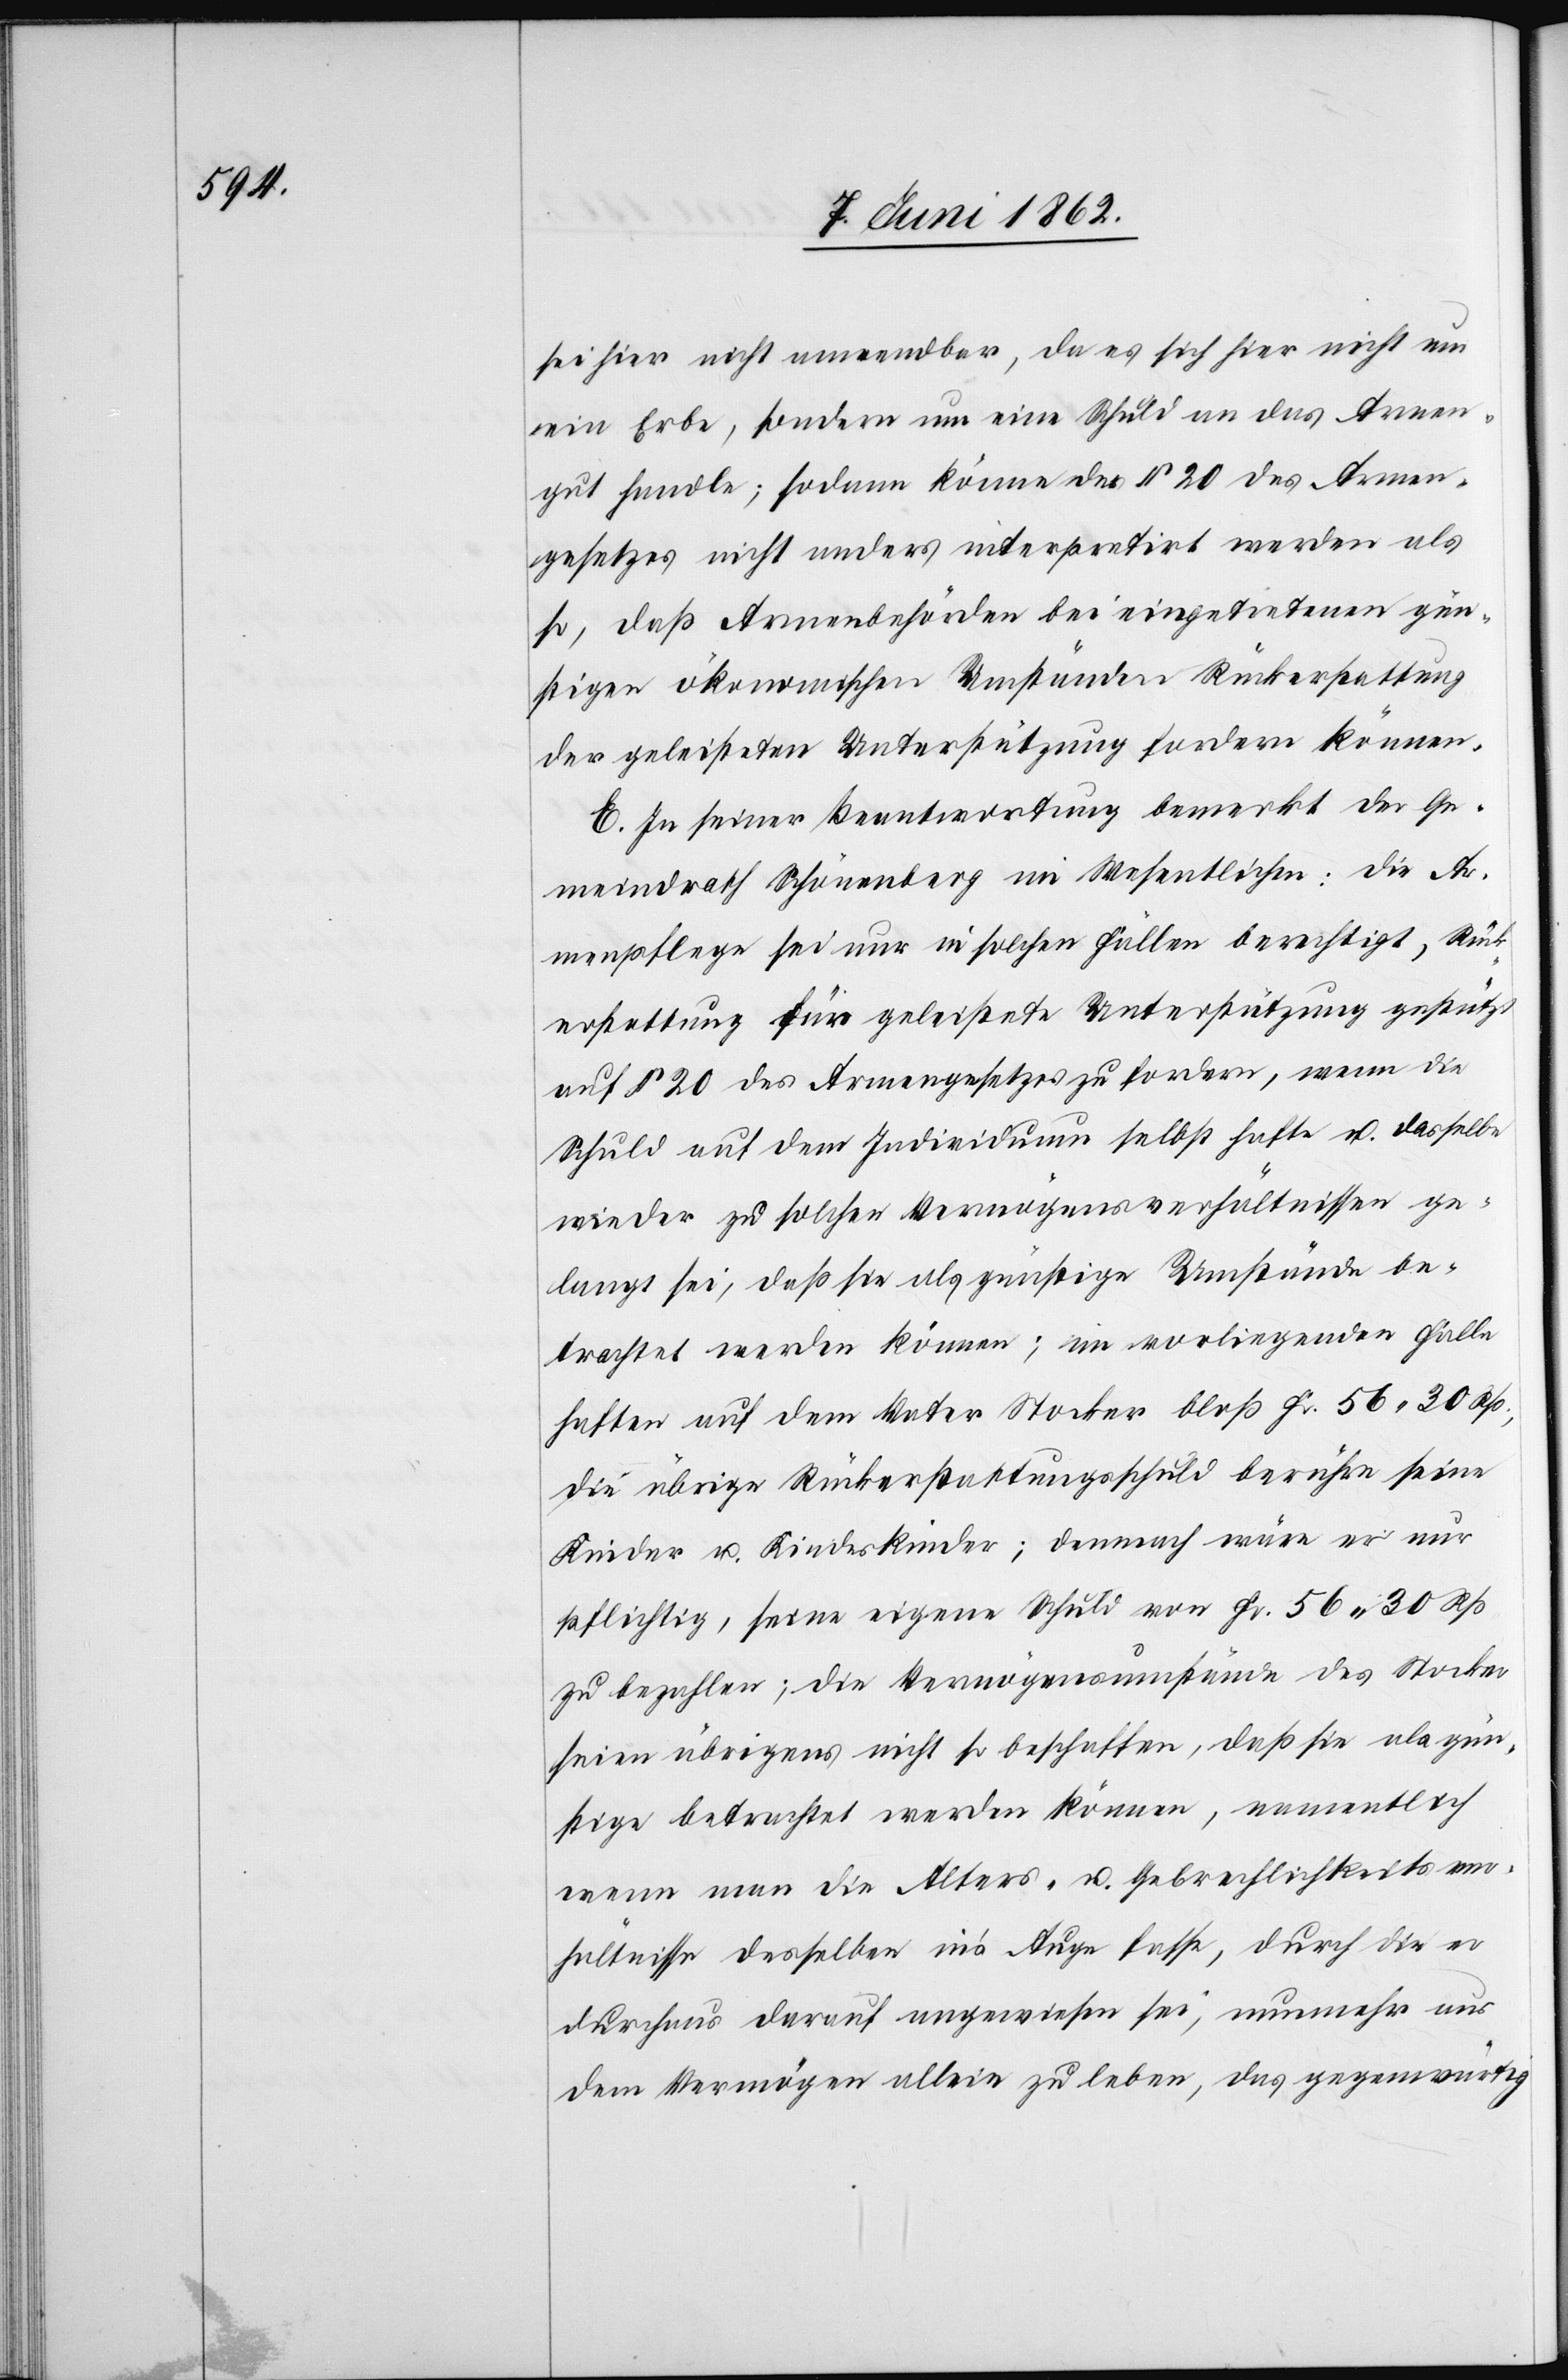
sei hier nicht anwendbar, da es sich hier nicht um rein
[sic!] Erbe, sondern um eine Schuld an das Armen¬
gut handle; sodann könne der § 20 des Armen¬
gesetzes nicht anders interpretirt werden als
so, daß Armenbehörden bei eingetretenen gün¬
stigen ökonomischen Umständen Rückerstattung
der geleisteten Unterstützung fordern können.
E. In seiner Beantwortung bemerkt der Ge¬
meindrath Schönenberg im Wesentlichen: Die Ar¬
menpflege sei nur in solchen Fällen berechtigt, Rück¬
erstattung für geleistete Unterstützung gestützt
auf § 20 des Armengesetzes zu fordern, wenn die
Schuld auf dem Individuum selbst hafte u. dasselbe
wieder zu solchen Vermögensverhältnissen ge¬
langt sei, daß sie als günstige Umstände be¬
trachtet werden können; im vorliegenden Falle
haften auf dem Vater Stocker bloß Fr. 56 30 Rp.,
die übrige Rückerstattungsschuld berühre seine
Kinder u. Kindeskinder; demnach wäre er nur
pflichtig, seine eigene Schuld von Fr. 56 30 Rp.
zu bezahlen; die Vermögensumstände des Stocker
seien übrigens nicht so beschaffen, daß sie als gün¬
stige betrachtet werden können, namentlich
wenn man die Alters- u. Gebrechlichkeitsver¬
hältnisse desselben in’s Auge fasse, durch die er
durchaus darauf angewiesen sei, nunmehr aus
dem Vermögen allein zu leben, das gegenwärtig